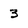
Character: 3